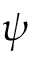
\psi